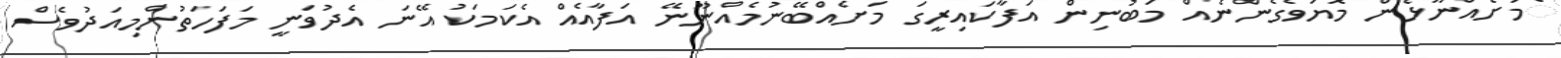
ެމަށެއްނޫޅެން މޮޔަވެގެންނެއް މަބުނިން އަފާކައިރީގަ މަށެއްބޭނުމެއްނޫނޭ އަފާއެއް އެކަމަކު އޭނަ އެދުވަނީ މަފަހަތުންމިއަދުވެސް